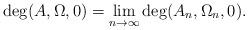
LaTeX: \begin{align*} \deg (A, \Omega, 0) = \lim_{n \rightarrow \infty} \deg (A_n, \Omega_n, 0) . \end{align*}